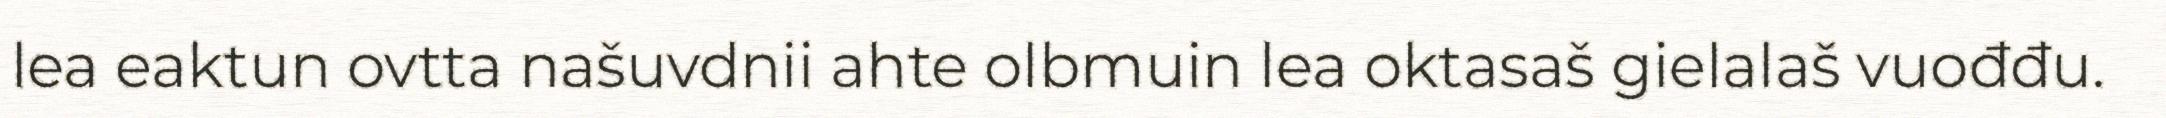
lea eaktun ovtta našuvdnii ahte olbmuin lea oktasaš gielalaš vuođđu.